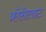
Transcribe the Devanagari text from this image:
क्रोसेलाट